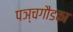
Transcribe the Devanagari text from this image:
पञ्चगौडका